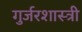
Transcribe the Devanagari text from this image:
गुर्जरशास्त्री